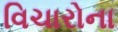
વિચારોના